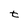
Character: t